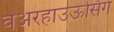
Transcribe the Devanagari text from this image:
वेअरहाउऊसिंग